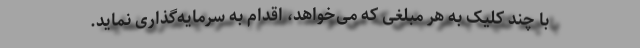
با چند کلیک به هر مبلغی که می‌خواهد، اقدام به سرمایه‌گذاری نماید.